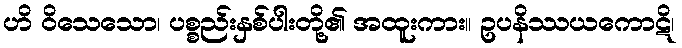
ဟိ ဝိသေသော၊ ပစ္စည်းနှစ်ပါးတို့၏ အထူးကား။ ဥပနိဿယကောဋိ၊